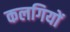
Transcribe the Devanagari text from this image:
कलगियों